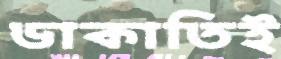
ডাকাতিই